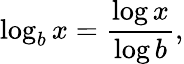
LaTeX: \log_{b}x={\frac{\log x}{\log b}},